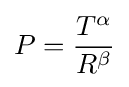
P={\frac {T^{\alpha }}{R^{\beta }}}